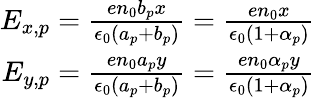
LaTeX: \begin{array}{r}{E_{x,p}=\frac{en_{0}b_{p}x}{\epsilon_{0}(a_{p}+b_{p})}=\frac{en_{0}x}{\epsilon_{0}(1+\alpha_{p})}}\\ {E_{y,p}=\frac{en_{0}a_{p}y}{\epsilon_{0}(a_{p}+b_{p})}=\frac{en_{0}\alpha_{p}y}{\epsilon_{0}(1+\alpha_{p})}}\end{array}